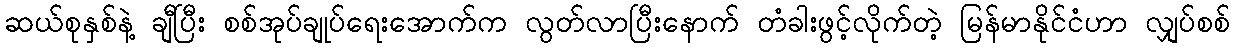
ဆယ်စုနှစ်နဲ့ ချီပြီး စစ်အုပ်ချုပ်ရေးအောက်က လွတ်လာပြီးနောက် တံခါးဖွင့်လိုက်တဲ့ မြန်မာနိုင်ငံဟာ လျှပ်စစ်